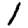
Digit: 1